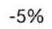
-5%